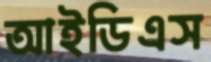
আইডিএস